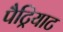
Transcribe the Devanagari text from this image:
पैट्रियाट